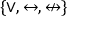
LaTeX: \{ \lor , \leftrightarrow , \nleftrightarrow \}